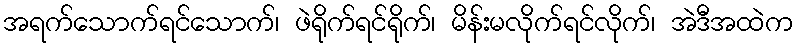
အရက်သောက်ရင်သောက်၊ ဖဲရိုက်ရင်ရိုက်၊ မိန်းမလိုက်ရင်လိုက်၊ အဲဒီအထဲက